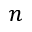
n